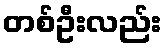
တစ်ဦးလည်း